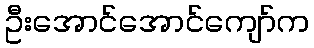
ဦးအောင်အောင်ကျော်က